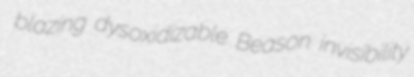
blazing dysoxidizable Beason invisibility